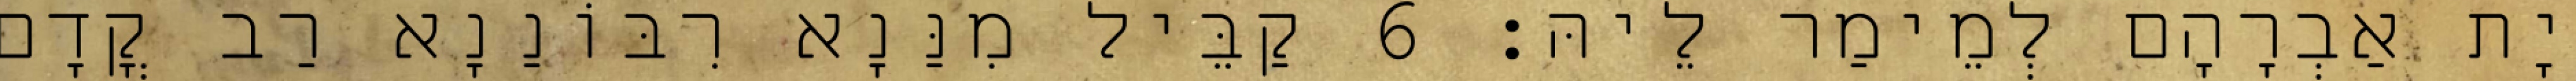
יָת אַבְרָהָם לְמֵימַר לֵיהּ׃ 6 קַבֵּיל מִנַּנָא רִבּוֹנַנָא רַב קֳדָם